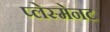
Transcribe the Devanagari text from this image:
प्लेस्मेनट